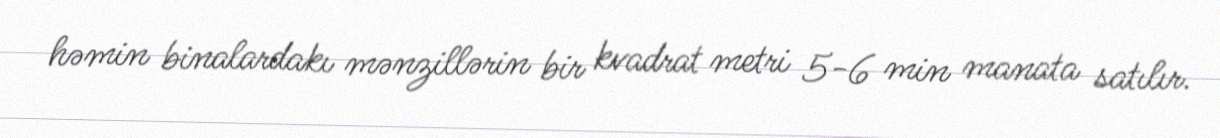
həmin binalardakı mənzillərin bir kvadrat metri 5-6 min manata satılır.